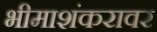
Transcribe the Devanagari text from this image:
भीमाशंकरावर